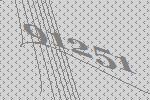
91251